Lunatic asylums Burma 1907-21 - 1907-1921
Year: 1907
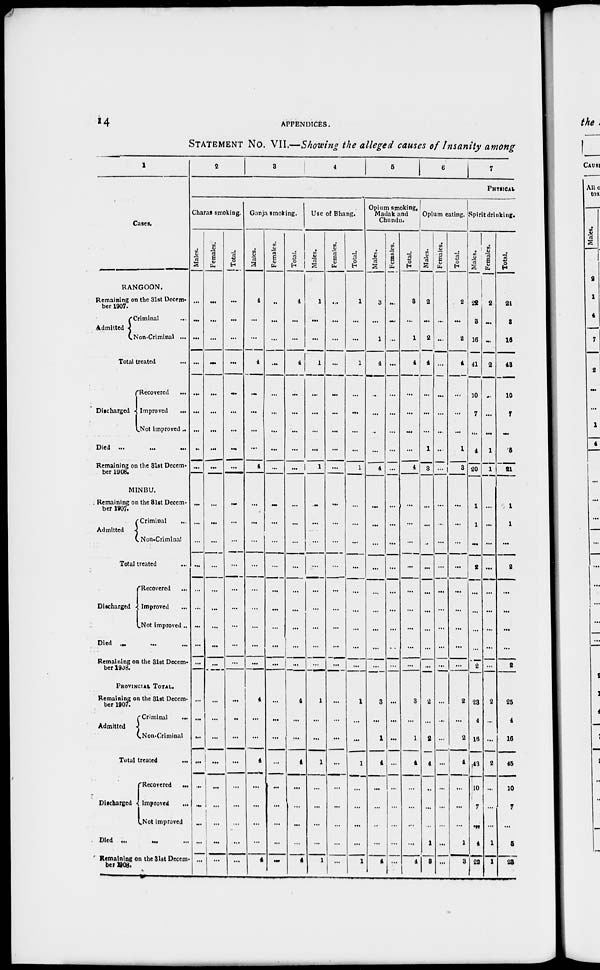
14
APPENDICES.
STATEMENT No. VII.—Showing the alleged causes of Insanity among
1
Cases.
RANGOON.
Remaining on the 31st Decem-
ber 1907.
Admitted
Criminal ...
Non-Criminal ...
Total treated ...
Discharged
Recorered ...
Improved
...
Not improved..
Died ... ... ...
Remaining on the 31st Decem-
ber 1908.
MINBU.
Remaining on the 31st Decem-
ber 1907.
Admitted
Criminal ...
Non-Criminal
Total treated ...
Discharged
Recovered ...
Improved ...
Not Improved..
Died ...
...
Remaining on the 31st Decem-
ber 1908.
PROVINCIAL TOTAL.
Remaining on the 31st Decem-
ber 1907.
Admitted
Criminal
...
Non-Crlminal
Total treated ...
Discharged
Recovered ...
Improved
Not Improved
Died ...
...
Remaining on the 31st Decem¬
bet 1908.
2
3
4
5
6 7
PHYSICAL
Charas smoking.
Males.
...
...
...
...
...
...
...
...
...
...
...
...
...
...
...
...
...
...
...
...
...
...
...
...
...
...
...
Females.
...
...
...
...
...
...
...
...
...
...
...
...
...
...
...
...
...
...
...
...
...
...
...
...
...
...
...
Total.
...
...
...
...
...
...
...
...
...
...
...
...
...
...
...
...
...
...
...
...
...
...
...
...
...
...
...
Ganja smoking.
Males.
4
...
...
4
...
...
...
...
4
...
...
...
...
...
...
...
...
...
4
...
...
4
...
...
...
...
4
Females.
...
...
...
...
...
...
...
...
...
...
...
...
...
...
...
...
...
...
...
...
...
...
...
...
...
...
...
Total.
4
...
...
4
...
...
...
...
...
...
...
...
...
...
...
...
...
...
4
...
...
4
...
...
...
...
4
Use of Bhang.
Males.
1
...
...
1
...
...
...
...
1
...
...
...
...
...
...
...
...
...
1
...
...
1
...
...
...
...
1
Females.
...
...
...
...
...
...
...
...
...
...
...
...
...
...
...
...
...
...
...
...
...
...
...
...
...
...
...
Total.
1
...
...
1
...
...
...
...
1
...
...
...
...
...
...
...
...
...
1
...
...
1
...
...
...
...
1
Opium smoking,
Madak and
Chundu.
Males.
3
...
1
4
...
...
...
...
4
...
...
...
...
...
...
...
...
...
3
...
1
4
...
...
...
...
4
Females.
...
...
...
...
...
...
...
...
...
...
...
...
...
...
...
...
...
...
...
...
...
...
...
...
...
...
Total.
3
...
1
4
...
...
...
...
4
...
...
...
...
...
...
...
...
...
3
...
1
4
...
...
...
...
4
Opium eating.
Males.
2
...
2
4
...
...
...
1
3
...
...
...
...
...
...
...
...
...
2
...
2
4
...
...
...
1
3
Females.
...
...
...
...
...
...
...
...
...
...
...
...
...
...
...
...
...
...
...
...
...
...
...
...
...
...
Total.
2
...
2
4
...
...
...
1
3
...
...
...
...
...
...
...
...
...
2
...
2
4
...
...
...
1
3
Spirit drinking.
Males.
22
3
16
41
10
7
...
4
20
1
1
...
2
...
...
...
...
2
23
4
16
43
10
7
...
4
22
Females.
2
...
...
2
...
...
1
1
...
...
...
...
...
...
...
...
...
2
...
...
2
...
...
...
1
1
Total.
24
3
16
48
10
7
...
5
21
1
1
...
2
...
...
...
...
2
25
4
16
45
10
7
...
5
23